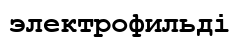
электрофильді